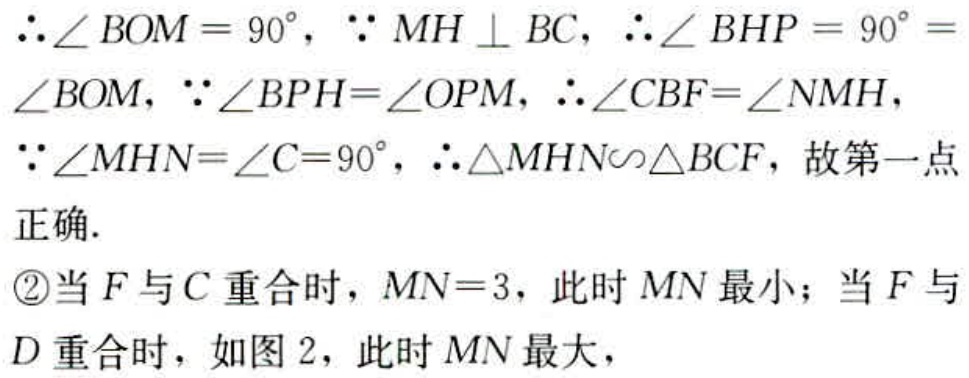
$\therefore\angle BOM = 90^{\circ},\ \because MH\perp BC,\ \therefore\angle BHP = 90^{\circ} = \angle BOM,\ \because\angle BPH=\angle OPM,\ \therefore\angle CBF=\angle NMH, \ \because\angle MHN=\angle C = 90^{\circ},\ \therefore\triangle MHN\sim\triangle BCF,$ 故第一点正确.
\textcircled{2}当$F$与$C$重合时，$MN = 3$，此时$MN$最小；当$F$与$D$重合时，如图 2，此时$MN$最大，